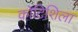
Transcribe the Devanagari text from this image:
कोटिशिला